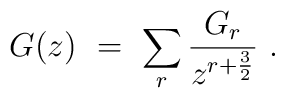
G(z) \ = \ \sum_r {G_r \over z^{r+{3 \over 2}}} \ .